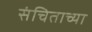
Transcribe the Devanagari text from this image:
संचिताच्या